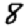
Digit: 8